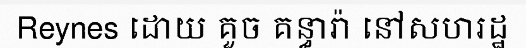
Reynes ដោយ គួច គន្ធារ៉ា នៅសហរដ្ឋ